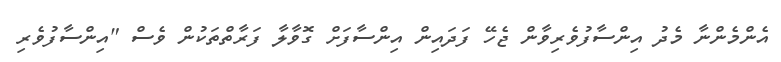
އެންމެންނާ މެދު އިންސާފުވެރިވާން ޖެހޭ ފަދައިން އިންސާފަށް ގޮވާލާ ފަރާތްތަކުން ވެސް "އިންސާފުވެރި